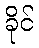
ခိုင်